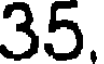
35.